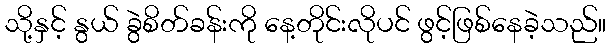
သို့နှင့် နွယ် ခွဲစိတ်ခန်းကို နေ့တိုင်းလိုပင် ဖွင့်ဖြစ်နေခဲ့သည်။